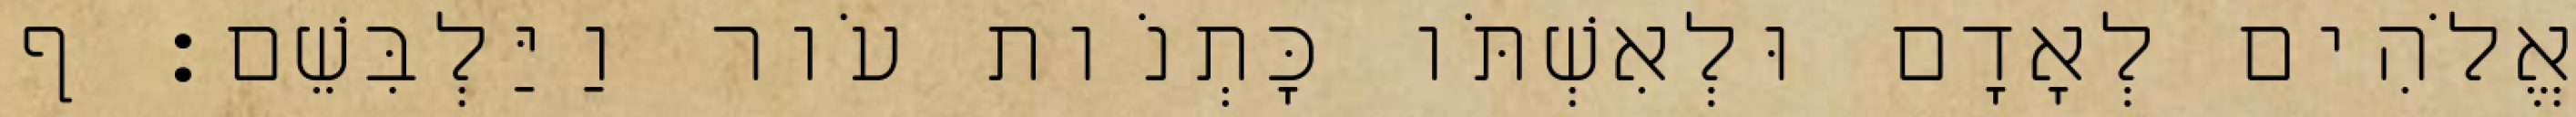
אֱלֹהִים לְאָדָם וּלְאִשְׁתֹּו כָּתְנֹות עֹור וַיַּלְבִּשֵׁם׃ ף